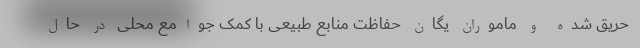
حریق شده و ماموران یگان حفاظت منابع طبیعی با کمک جوامع محلی در حال